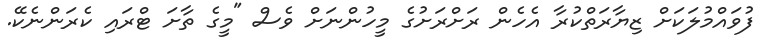
ފުވައްމުލަކަށް ޒިޔާރަތްކުރާ އެހެން ރަށްރަށުގެ މީހުންނަށް ވެސް "މީގެ ތާށަ ޓްރައި ކެރަންނެކޭ.